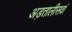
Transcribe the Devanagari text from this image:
अड़तालीसवां